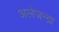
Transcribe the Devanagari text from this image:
अलेजन्द्रा